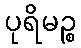
ပုရိမဉ္စ